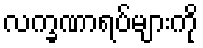
လက္ခဏာရပ်များကို